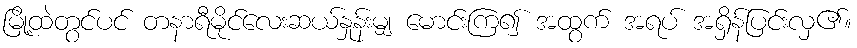
မြို့ထဲတွင်ပင် တနာရီမိုင်လေးဆယ်နှုန်းမျှ မောင်းကြ၍ အထွက် အရပ် အရှိန်ပြင်းလှ၏။